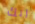
ربك